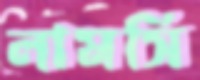
লামসি